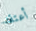
أعتقد